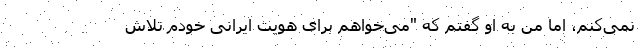
نمی‌کنم، اما من به او گفتم که "می‌خواهم برای هویت ایرانی خودم تلاش